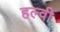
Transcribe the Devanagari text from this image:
हल्वी